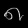
Digit: ၈